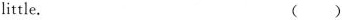
little. ( )